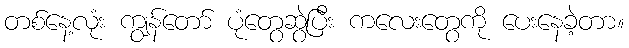
တစ်နေ့လုံး ကျွန်တော် ပုံတွေဆွဲပြီး ကလေးတွေကို ပေးနေခဲ့တာ။